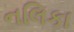
નલિકા